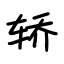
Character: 轿